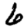
Digit: 6